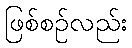
ဖြစ်စဉ်လည်း